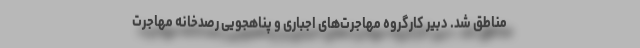
مناطق شد. دبیر کارگروه مهاجرت‌های اجباری و پناهجویی رصدخانه مهاجرت